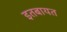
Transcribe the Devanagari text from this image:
इतबायत